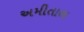
અમીતાભ